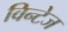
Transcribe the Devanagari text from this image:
विन्टेज